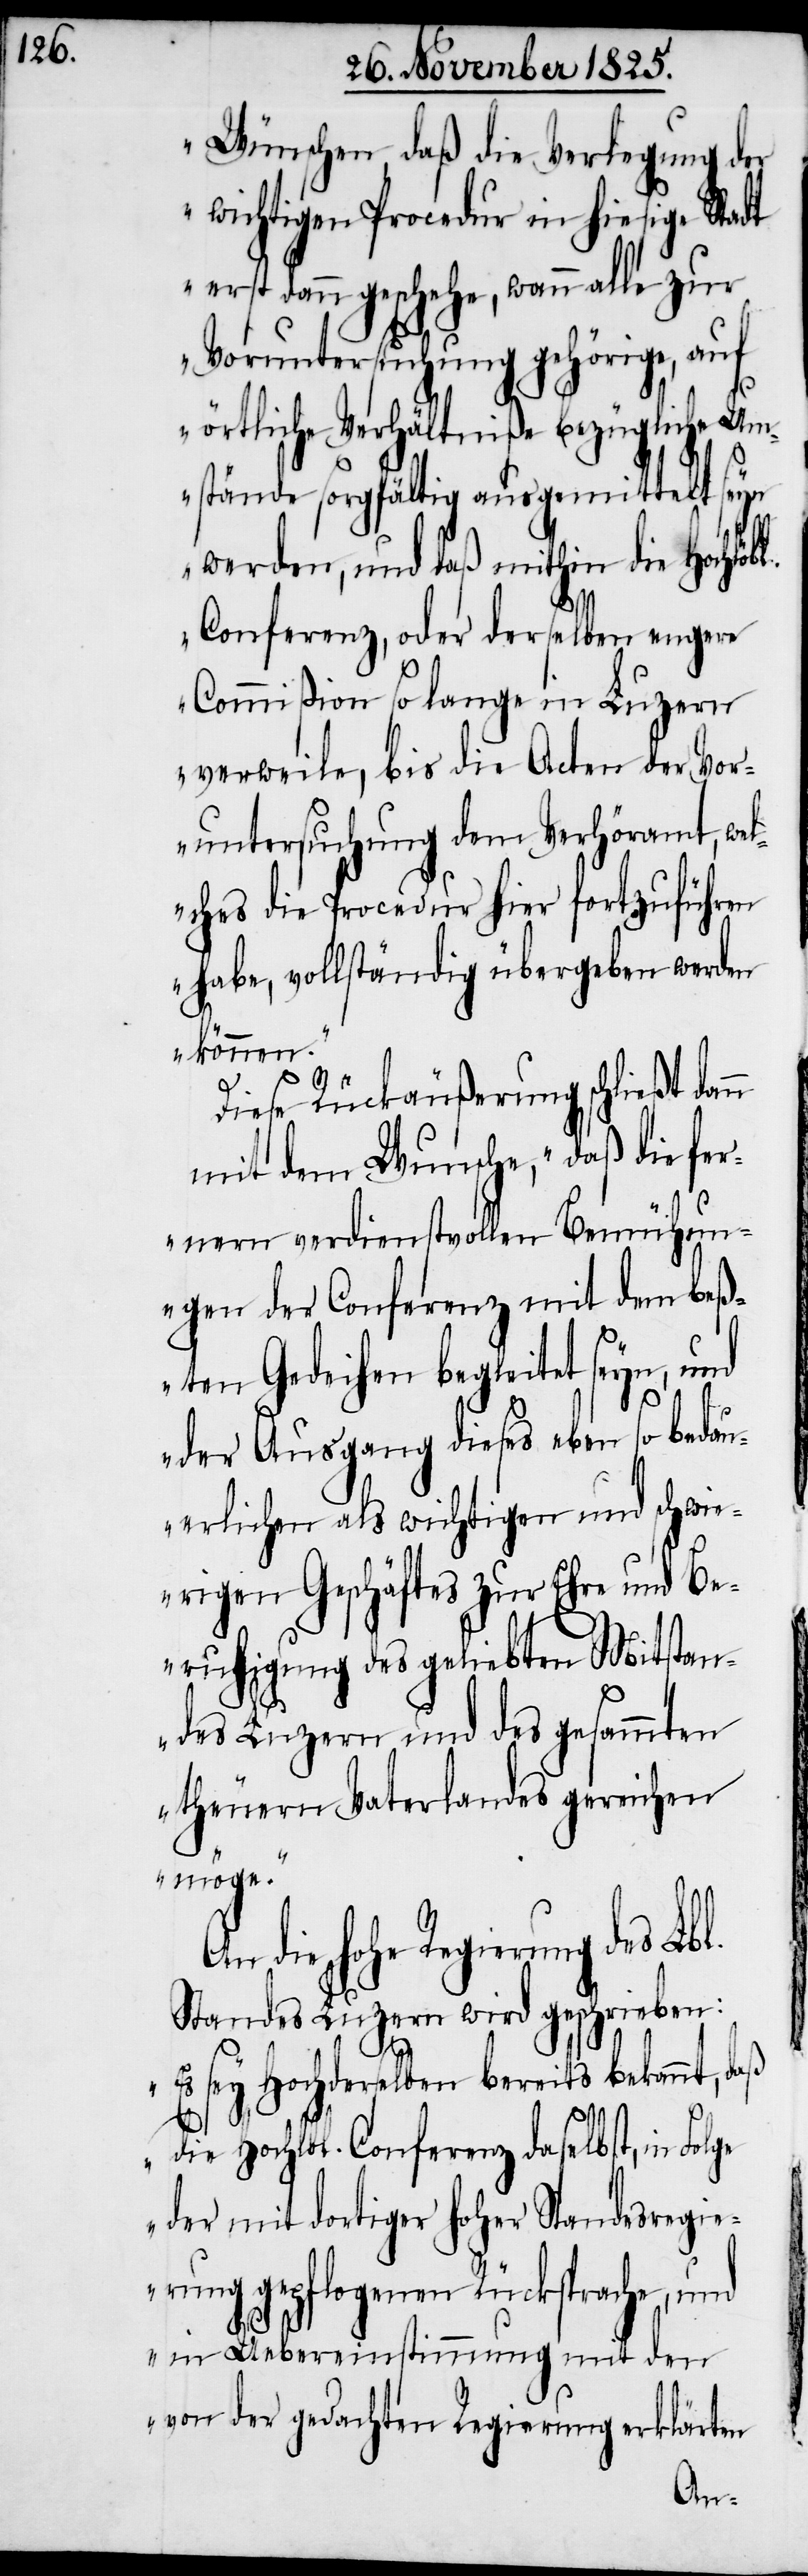
Wünschen, daß die Verlegung der
wichtigen Procedur in hiesige Stadt
erst dann geschehe, wann alle zur
Voruntersuchung gehörige, auf
örtliche Verhältniße bezügliche Um¬
stände sorgfältig ausgemittelt
werden, und daß mithin die Hochlö¬
Conferenz, oder derselben engere
Commißion so lange in Luzern
verweile, bis die Acten der Vor¬
untersuchung dem Verhöramt, wel¬
ches die Procedur hier fortzuführen
habe, vollständig übergeben werden
ge
können.“
Diese Rückäußerung schließt dan¬
mit dem Wunsche, „daß die fer¬
nern verdienstvollen Bemühun¬
gen der Conferenz mit den beß¬
ten Gedeihen begleitet seyn, und
der Ausgang dieses eben so bedau¬
erlichen als wichtigen und schwi¬
erigen Geschäftes zur Ehre und Be¬
ruhigung des geliebten Mitstan¬
des Luzern und des gesammten
theuern Vaterlandes gereichen
möge.“
die hohe Regierung des Lbl.
Standes Luzern wird geschrieben:
„Es sey Hochderselben bereits bekannt, daß
die Hochlbl. Conferenz daselbst, in Fol¬
der mit dortiger hoher Standesregie¬
rung gepflogenen Rücksprache, und
in Uebereinstimmung mit den
von der gedachten Regierung erklärten